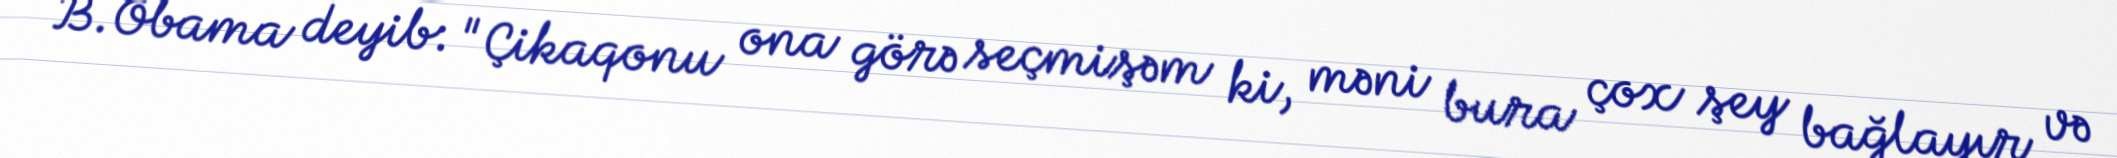
B.Obama deyib: "Çikaqonu ona görə seçmişəm ki, məni bura çox şey bağlayır və